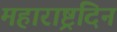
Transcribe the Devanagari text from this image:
महाराष्ट्रदिन